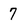
Character: 7